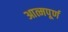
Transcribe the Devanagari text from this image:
आत्मपूर्ण